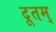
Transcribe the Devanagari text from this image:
दूतम्